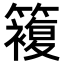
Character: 𥵩